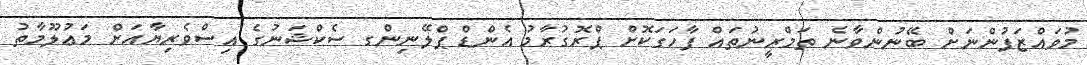
މުވައްޒަފުންނަށް ބޭނުންވާނެ ތަމްރީނުތައް ފާހަގަކޮށް ޕްރޮގުރާމު އެންޑް ޕްލޭނިންގ ސެކްޝަނުގެ އިސްވެރިޔާއަށް މަޢުލޫމާތު